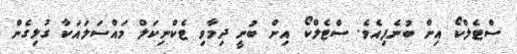
ސްޓެލްކޯ އިން ބުނެފިއެވެ. ސްޓެލްކޯ އިން ބުނީ ދިމާވި ޓެކްނިކަލް މައްސަލައަކާ ގުޅިގެން